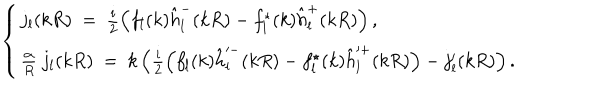
\left\{ \begin{array} { l l } { { j _ { l } ( k R ) \ = \ \frac i 2 \left( f _ { l } ( k ) \hat { h } _ { l } ^ { - } ( k R ) - f _ { l } ^ { \star } ( k ) \hat { h } _ { l } ^ { + } ( k R ) \right) , \nonumber } } \\ { { \frac { \alpha } { R } \ j _ { l } ( k R ) \ = \ k \left( \frac i 2 \left( f _ { l } ( k ) \hat { h } _ { l } ^ { - } ( k R ) - f _ { l } ^ { \star } ( k ) \hat { h } _ { l } ^ { + } ( k R ) \right) - j _ { l } ^ { \prime } ( k R ) \right) . } } \\ \end{array} \right.